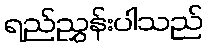
ရည်ညွှန်းပါသည်